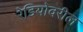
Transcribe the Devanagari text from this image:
रेडियोवरील